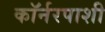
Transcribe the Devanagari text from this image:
कॉर्नरपाशी